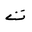
Letter: _ta